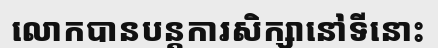
លោកបានបន្តការសិក្សានៅទីនោះ